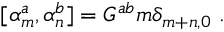
\qquad [ \alpha _ { m } ^ { a } , \alpha _ { n } ^ { b } ] = G ^ { a b } m \delta _ { m + n , 0 } \ .